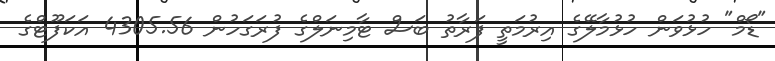
"ޑޯމް" ހުޅުވަން ހުޅުމާލޭގެ އިރުމަތީ ފަރާތު ބަސް ޓާމިނަލްގެ ފުރަގަހުން 4305.56 އަކަފޫޓްގެ